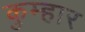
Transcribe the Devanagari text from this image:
कुम्‍हार